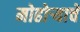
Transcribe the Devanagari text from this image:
मोहोर्‍याचे